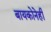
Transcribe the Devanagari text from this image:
बायकोनेही